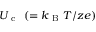
U _ { \mathrm { ~ c ~ } } ~ ( = k _ { \mathrm { ~ B ~ } } T / z e )